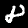
Digit: 8